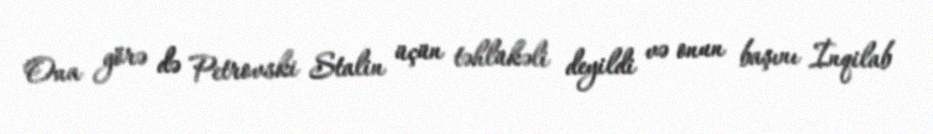
Ona görə də Petrovski Stalin üçün təhlükəli deyildi və onun başını İnqilab